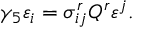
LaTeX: \gamma _ { 5 } \varepsilon _ { i } = \sigma _ { i j } ^ { r } Q ^ { r } \varepsilon ^ { j } .